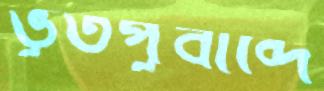
ভূতপূর্বাব্দে